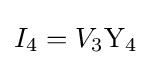
I_{4}=V_{3}\mathrm {Y_{4}}